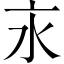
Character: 𣱵